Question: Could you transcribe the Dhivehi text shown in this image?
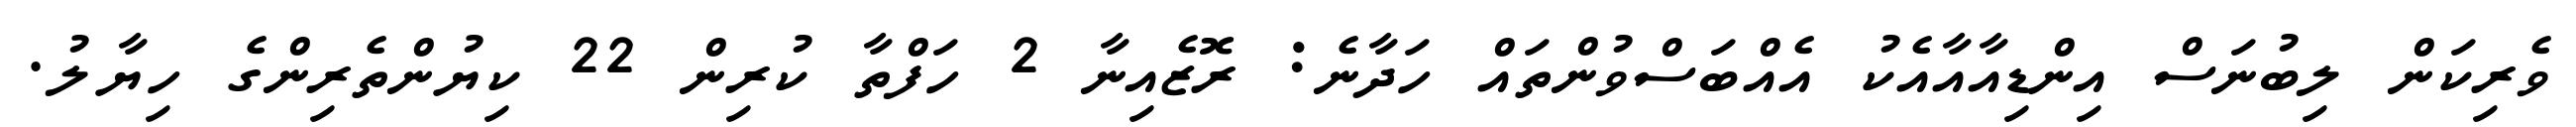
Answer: ވެރިކަން ލިބުނަސް އިންޑިއާއާއެކު އެއްބަސްވުންތައް ހަދާނެ: ރޮޒެއިނާ 2 ހަފްތާ ކުރިން 22 ކިޔުންތެރިންގެ ހިޔާލު.